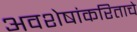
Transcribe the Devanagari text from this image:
अवशेषांकरिताचे